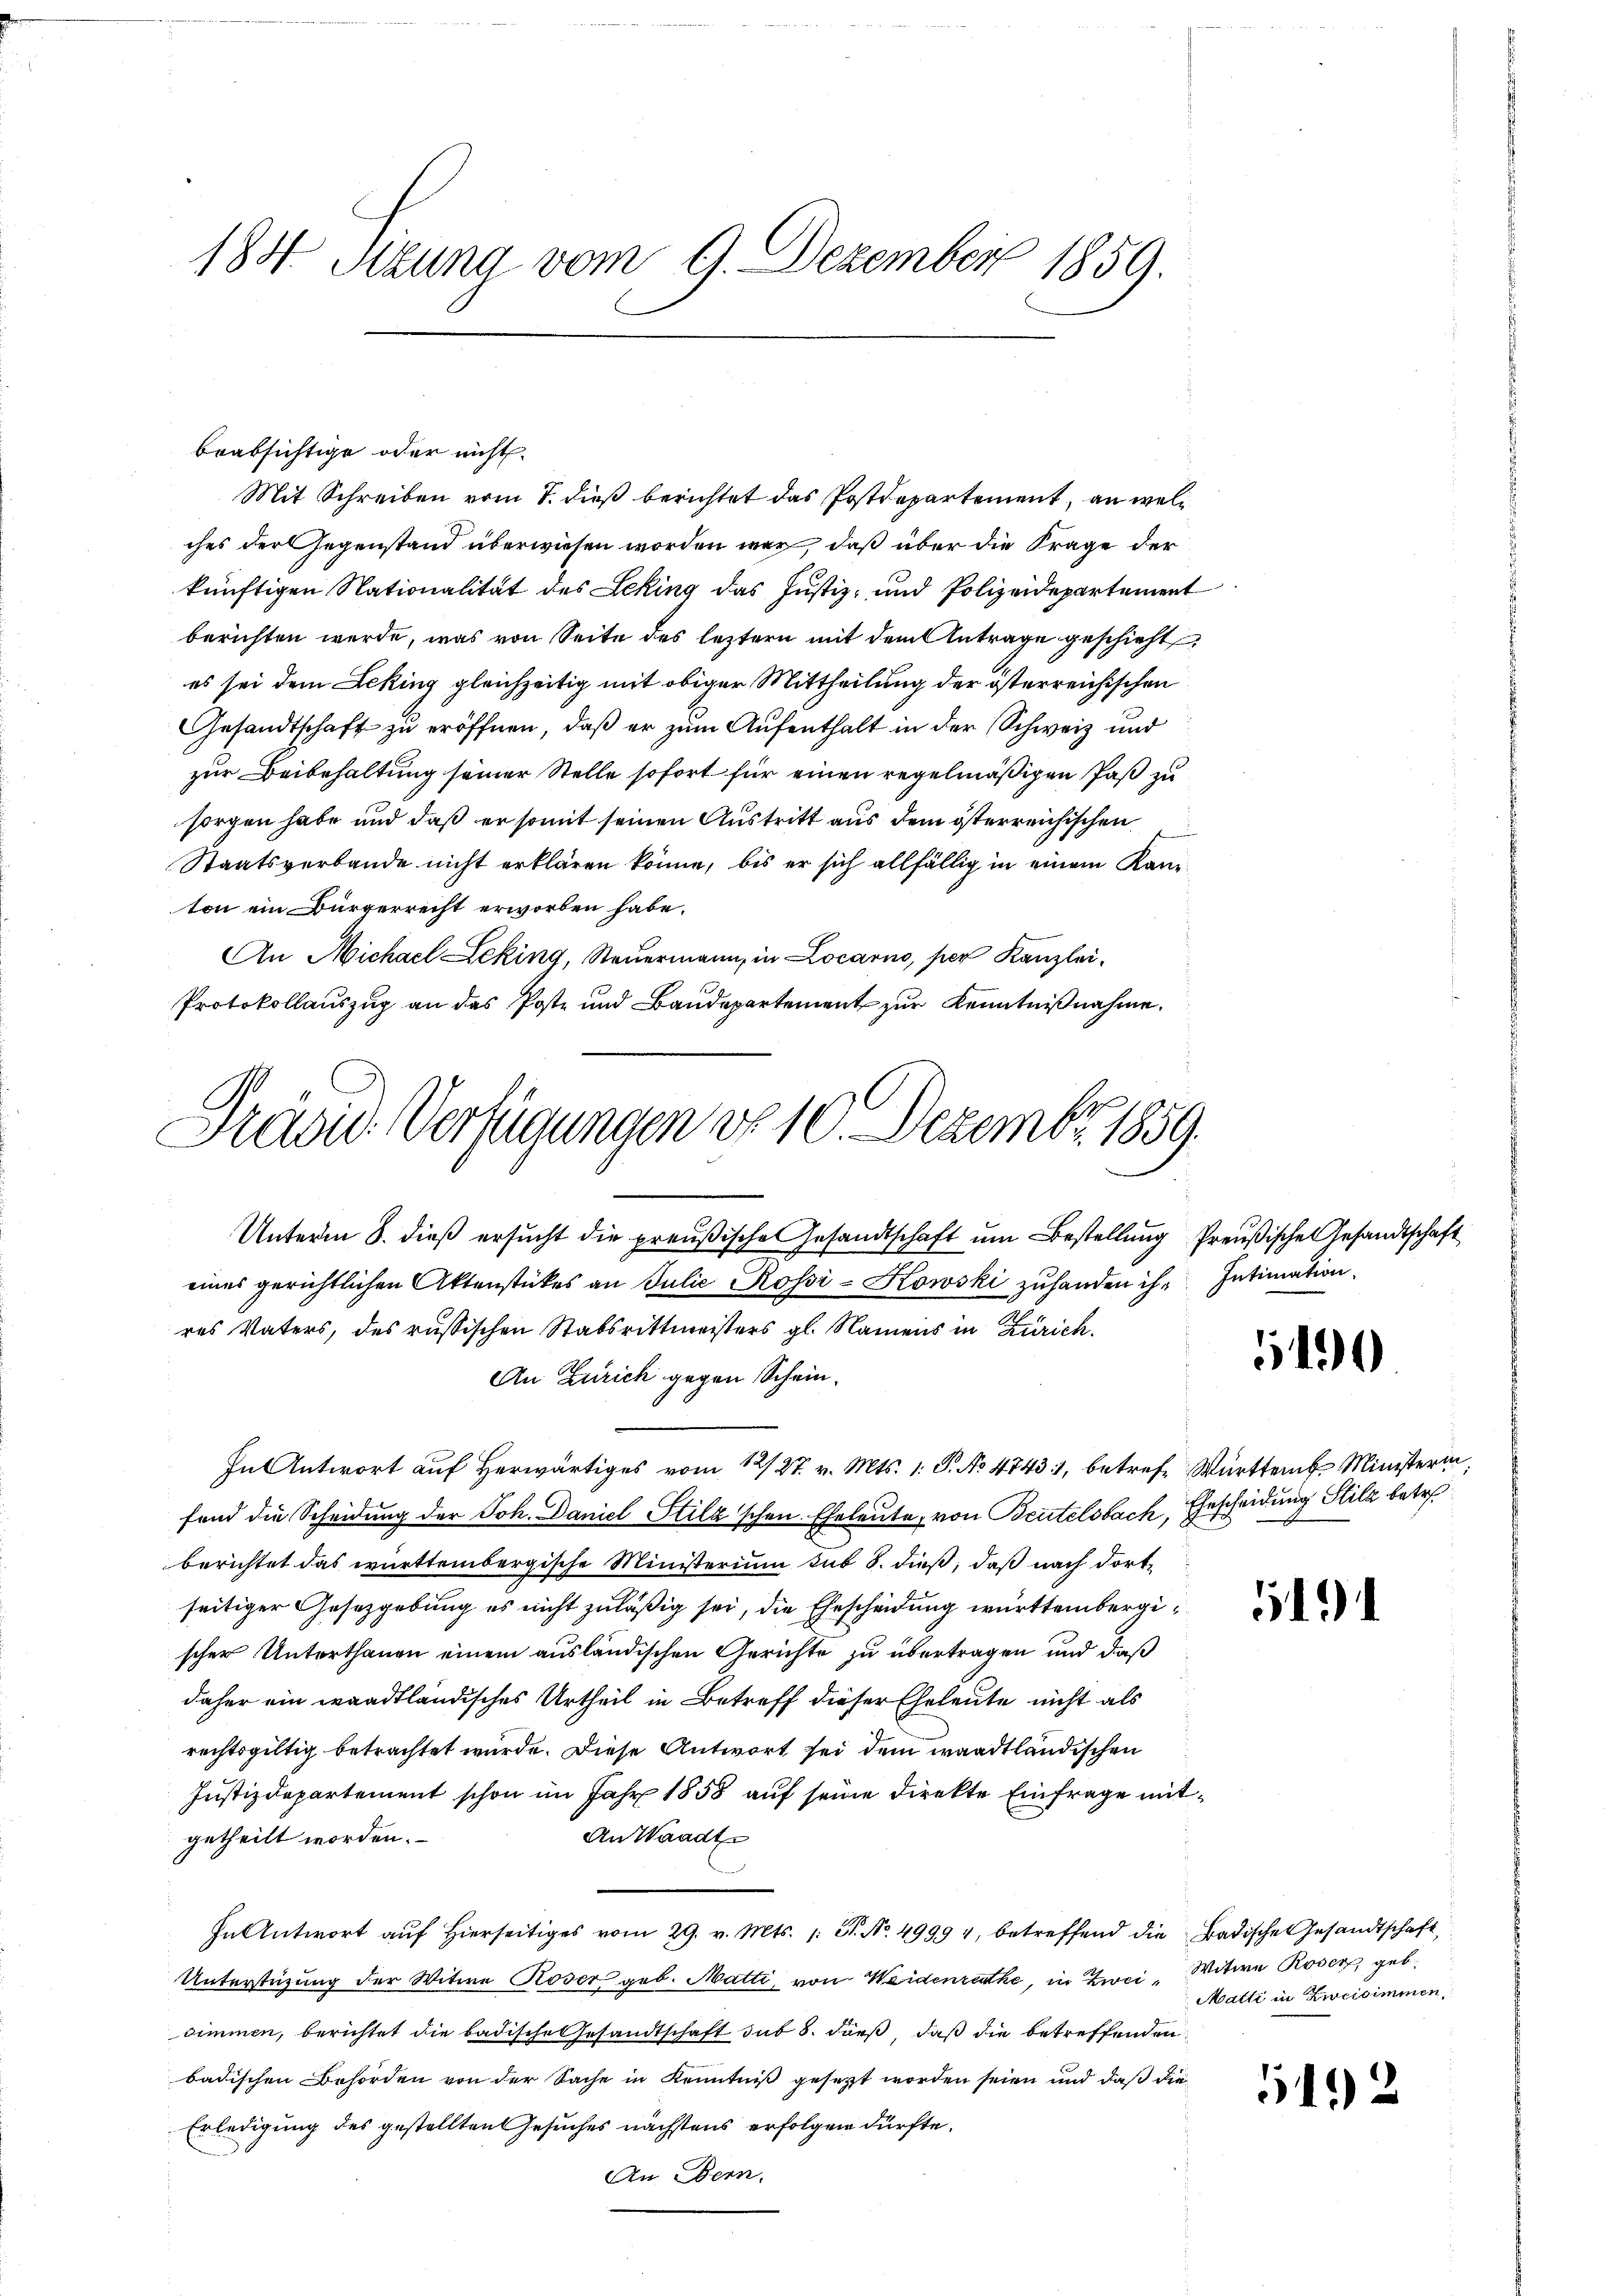
184 Sizung vom 9. Dezember 1859.

beabsichtige oder nicht
ches der Gegenstand überwiesen worden war, daß über die Frage der
künftigen Nationalität des Leking das Justiz- und Polizeidepartement
berichten werde, was von Seite des leztern mit dem Antrage geschieht
es sei dem Leking gleichzeitig mit obiger Mittheilung der österreichischen
Gesandtschaft zu eröffnen, daß er zum Aufenthalt in der Schweiz und
zur Beibehaltung seiner Stelle sofort für einen regelmäßigen Paß zu
sorgen habe und daß er somit seinen Austritt aus dem österreichischen
Staatsverbande nicht erklären könne, bis er sich allfällig in einem Kanton ein Bürgerrecht erworben habe.
An Michael Leking, Steuermann, in Locarno, per Kanzlei-
Protokollauszug an das Poste und Baudepartement zur Kenntnißnahme.
An Zürich gegen Schein.
In Antwort auf herwärtiges vom 12/27. v. Mts. 1. P. No 47431, betref Württemb. Ministerin,
fend die Scheidung der Joh. Daniel Stilzschen Eheleute, von Beutelsbach, Ehrscheidung Silz betreberichtet das württembergische Ministerium sub 8. dieß, daß nach dortseitiger Gesetzgebung es nicht zuläßig sei, die Ehescheidung württembergischer Unterthanen einem ausländischen Gerichte zu übertragen und daß
daher ein waadtländisches Urtheil in Betreff dieser Eheleute nicht als
rechtsgültig betrachtet wurde. Diese Antwort sei dem waadtländischen
Justizdepartement schon im Jahr 1858 auf seine Direkte Einfrage mit¬
An Waadt.
getheilt worden.
In Antwort aŭf hierseitiges vom 29. v. Mts. 1. J. No. 49994, betreffend die Badische Gesandtschaft
Unterstüzung der Witwe Roser geb. Matti, von Weidenrathe, in Zwei Witwe Roser geb.
dimmen, berichtet die badische Gesandtschaft das 8. dieß, daß die betreffenden
badischen Behörden von der Sache in Kenntniß gesetzt worden seien und daß die¬
Erledigung des gestellten Gesuches nächstens erfolgen dürfte.
An Bern,

Stasie Verfügungen do 10. Dezembr. 1859.
Unterm 8. dieß ersucht die preußische Gesandtschaft um Bestellung Preußische Gesandtschaft
eines gerichtlichen Aktenstückes an Julie Rossi-Kowski zuhanden ihr Intimation
res Vaters, des russischen Stabsrittmeisters gl. Namens in Zürich.

Mit Schreiben vom 7. dieß berichtet das Postdepartement, an wel¬

5400

.

Matti in Zweisimmen,

5192